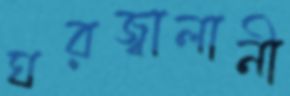
ঘরজ্বালানী